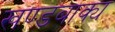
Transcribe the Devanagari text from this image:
खण्डबाक्य